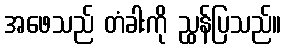
အဖေသည် တံခါးကို ညွှန်ပြသည်။